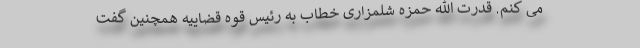
می کنم. قدرت الله حمزه شلمزاری خطاب به رئیس قوه قضاییه همچنین گفت